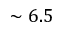
\sim 6 . 5